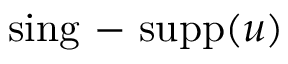
\mathrm { s i n g \mathrm { ~ - ~ } s u p p } ( u )